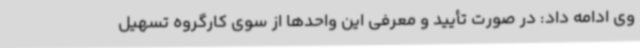
وی ادامه داد: در صورت تأیید و معرفی این واحدها از سوی کارگروه تسهیل